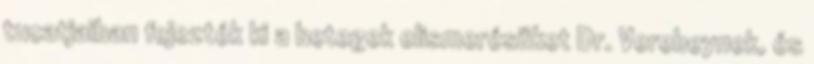
tucatjaiban fejezték ki a betegek elismerésüket Dr. Verebeynek, és